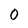
Character: 0